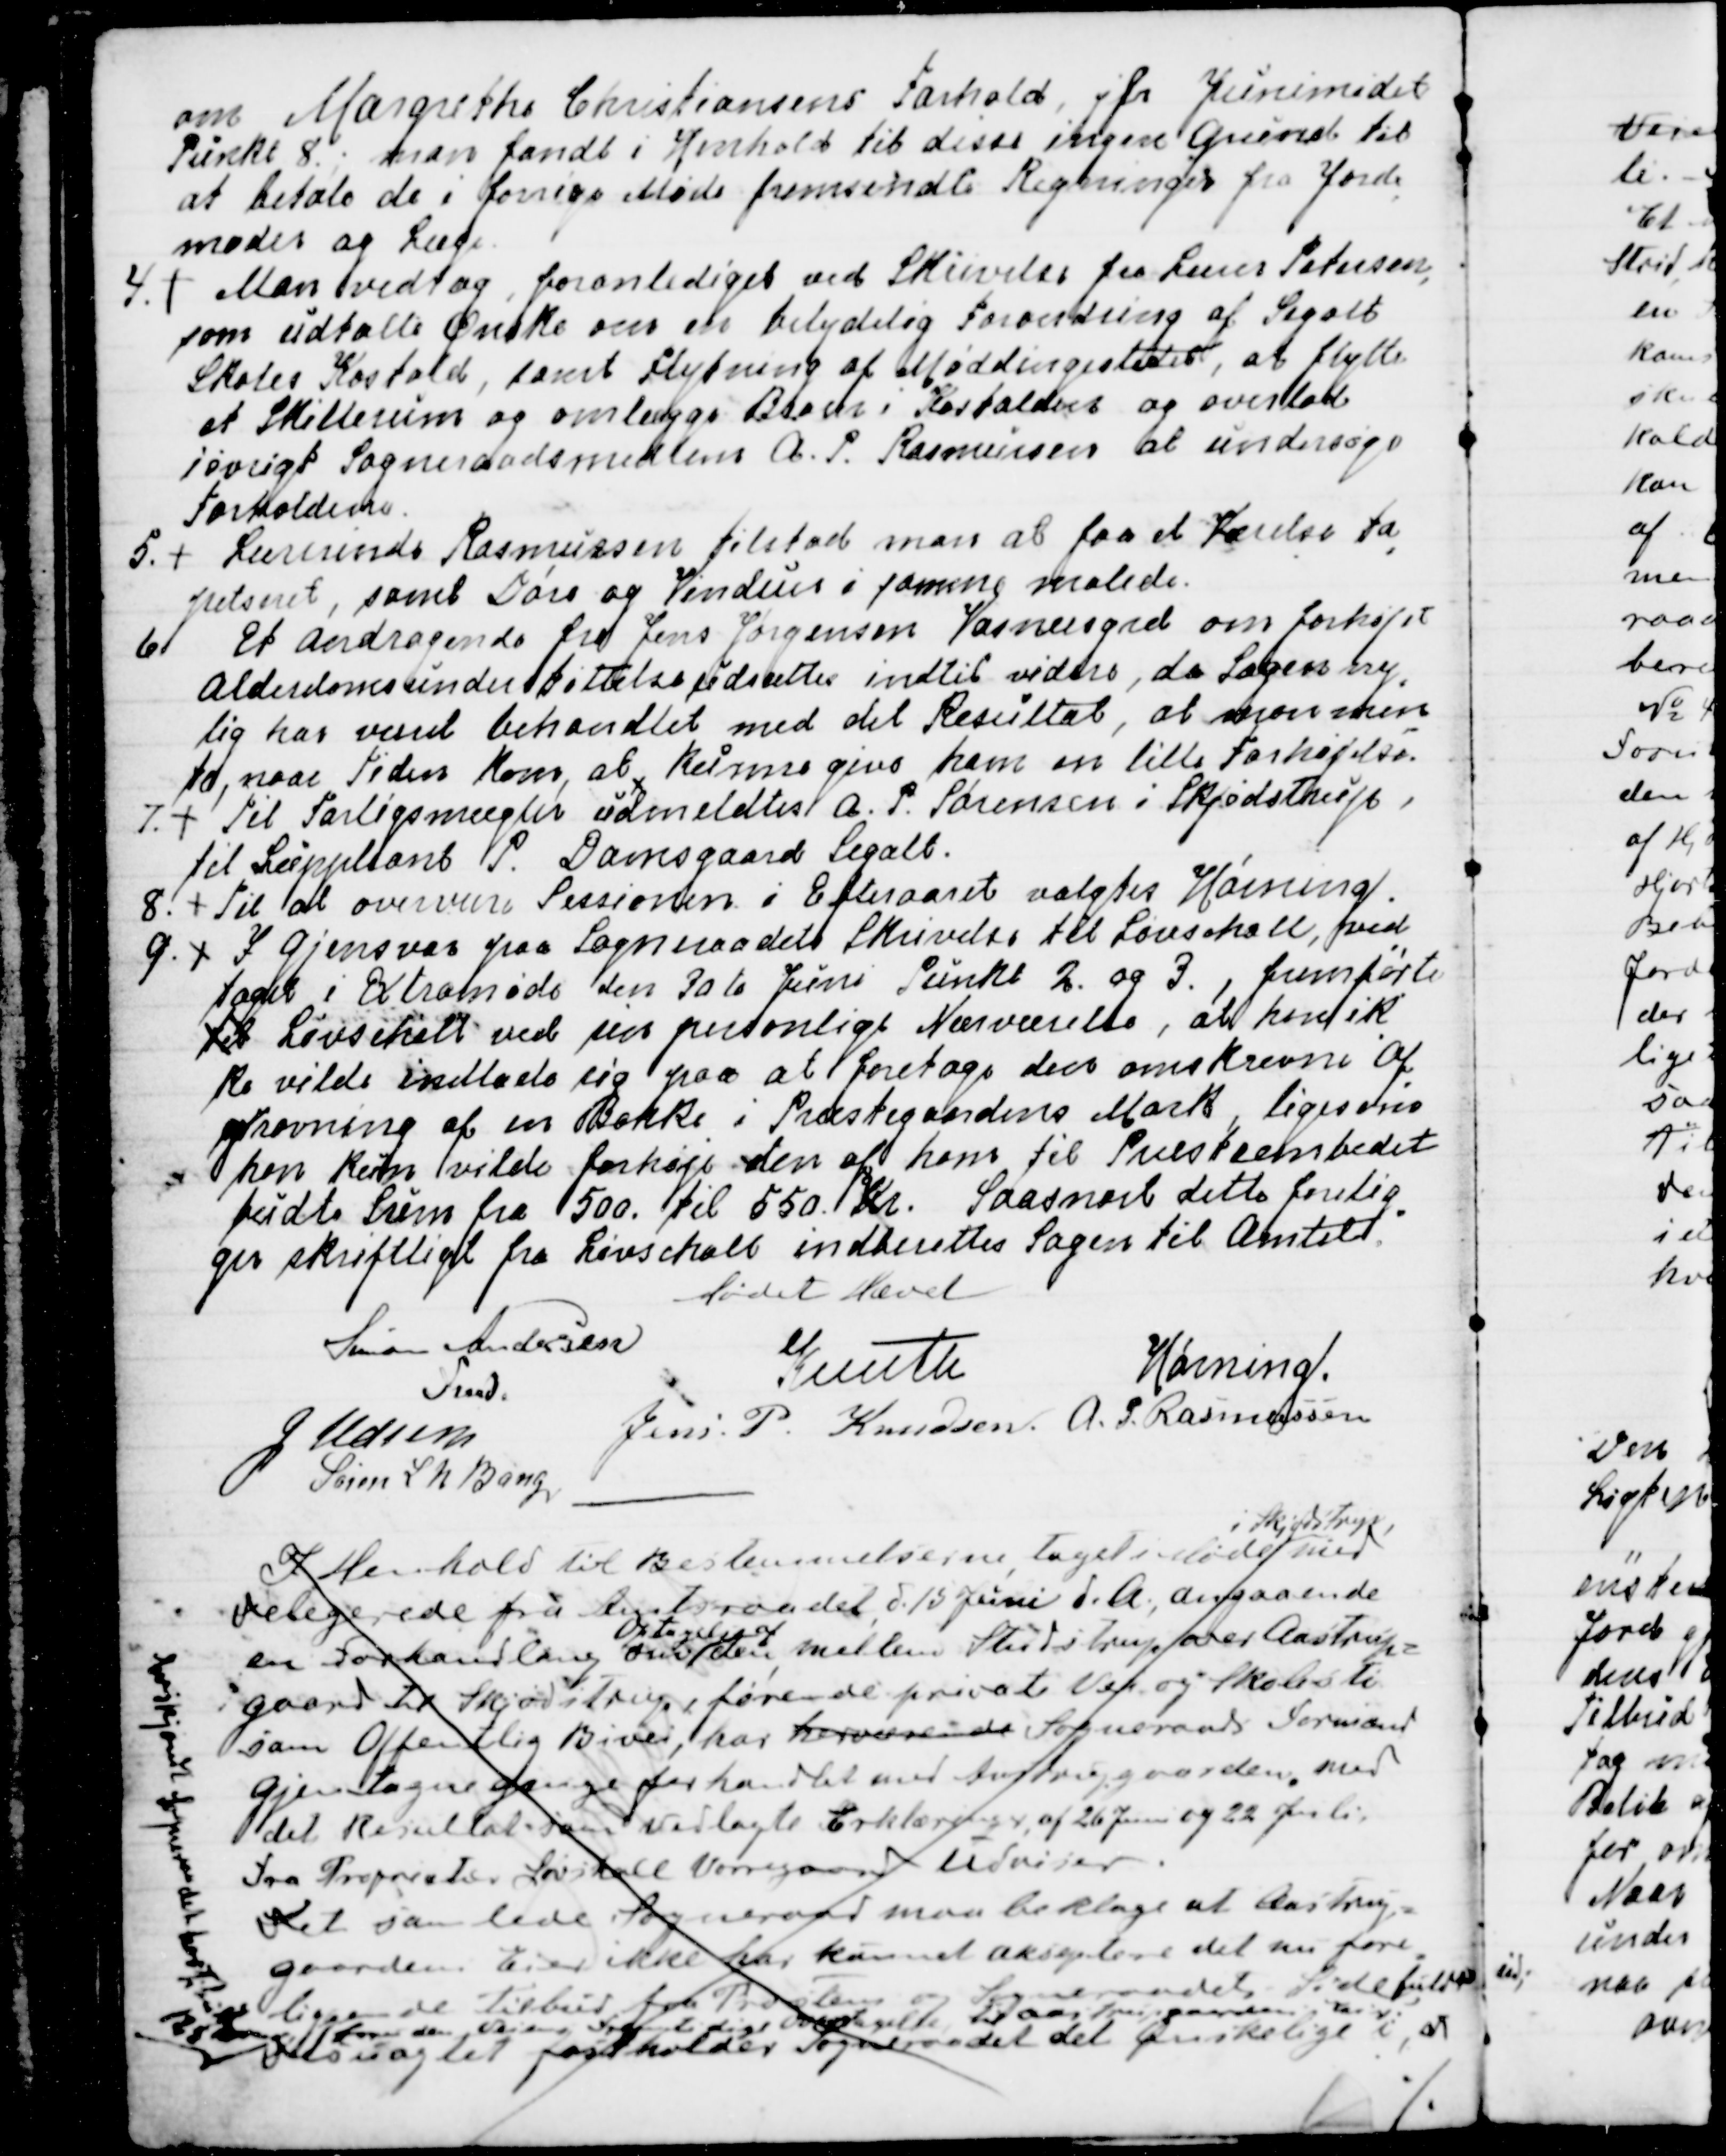
Transskription:
om Margrethe Christiansens Forhold, jfr. Junimødet
Punkt 8., man fandt i Henhold til disse ingen Grund til
at betale de i forrige Møde fremsendte Regninger fra Jorde
=
moder og Læge.
4. 
Man vedtog, foranlediget ved Skrivelse fra Lærer Petersen,
som udtalte Ønske om en betydelig Forandring af Segalt
Skoles Kostald, samt Flytning af Møddingsstedet, at flytte
et Skillerum og omlægge Baasen i Kostalden og overlod
iøvrigt Sogneraadsmedlem A. P. Rasmussen at undersøge
Forholdene.
5.
Lærerinde Rasmussen tilstod man at faa et Værelse ta
=
petseret, samt Døre og Vinduer i samme malede.
6. Et Andragende fra Jens Jørgensen Vosnæsgaard om forhøjet
Alderdomsunderstøttelse udsattes indtil videre, da Sagen ny
=
lig har været behandlet med det Resultat, at man men
=
te, naar Tiden kom, at kunne give ham en lille Forhøjelse.
7.
Til Forligsmægler udmeldtes A. P. Sørensen i Skjødstrup,
til Suppleant P. Damsgaard Segalt
8. 
Til at overvære Sessionen i Efteraaret valgtes Hørning.
9.
I Gjensvar paa Sogneraadets Skrivelse til Løvschall, ved
=
taget i Extramøde den 30 te Juni, Punkt 2. og 3, fremførte
til Løvschall ved sin personlige Nærværelse, at han ik
=
ke vilde indlade sig paa at foretage den omskrevne Af
=
gravning af en Bakke i Præstegaardens Mark, ligesom
han kun vilde forhøje den af ham til Præsteembedet
budte Sum fra 500. til 550. Kr.  Saasnart dette forelig
=
ger skriftligt fra Løvschall indberettes sagen til Amtet.
 Mødet Hævet
Simon Andersen
Fmd.
Knuth
Hørning.
J. Udsen
Jens P. Knudsen.
A.P. Rasmussen
Simon L N Bang

I Henhold til Bestemmelserne tagt i Møde
i Skjødstrup
med 
Delegerede fra Amtsraadet d. 15 Juni d.A., angaaende 
en Forhandling om
Optagelse af
den mellem Studstrup over Aastrup=
gaard til Skjødstrup, førende private Vei og Skolesti
som Offentlig Bivei, har herværende Sogneraads Formand
gjentagne gange forhandlet med Aastrupgaarden, med 
det Resultat som vedlagte Erklæring af 26 Juni og 22 Juli
fra Proprietær Løvskall Vorregaard udviser.
Det samlede Sogneraad maa beklage at Aastrup
=
gaardens Eier ikke har kunnet akceptere det nu fore
=
liggende Tilbud fra Provstens og Sogneraadets Side
desuagtet fastholder Sogneraadet det Ønskelige i at
fuld-
fører den Veiens fremtidige Optagelse, til Aastrupgaardens Eier.
Endskjønt Sogneraadet har tilbudt
125